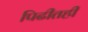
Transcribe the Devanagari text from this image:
पिढीतही